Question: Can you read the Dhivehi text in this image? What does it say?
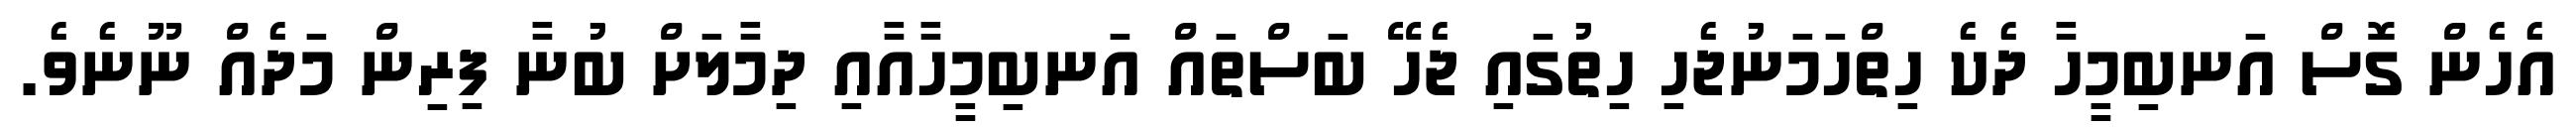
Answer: އެހެން ގޮސް އަނބިމީހާ ދެކެ ހިތްހަމަނުޖެހި ހިތުގައި ޖެހޭ ބަސްތައް އަނބިމީހާއާއި ދިމާލަށް ބުނާ ފިރިން މަދެއް ނޫނެވެ.